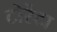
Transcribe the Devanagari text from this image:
टोर्रेटा